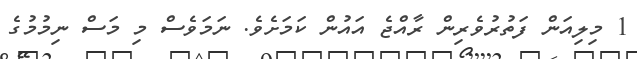
1 މިލިއަން ފަތުރުވެރިން ރާއްޖެ އައުން ކަމަށެވެ. ނަމަވެސް މި މަސް ނިމުމުގެ